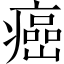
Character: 癌